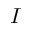
I